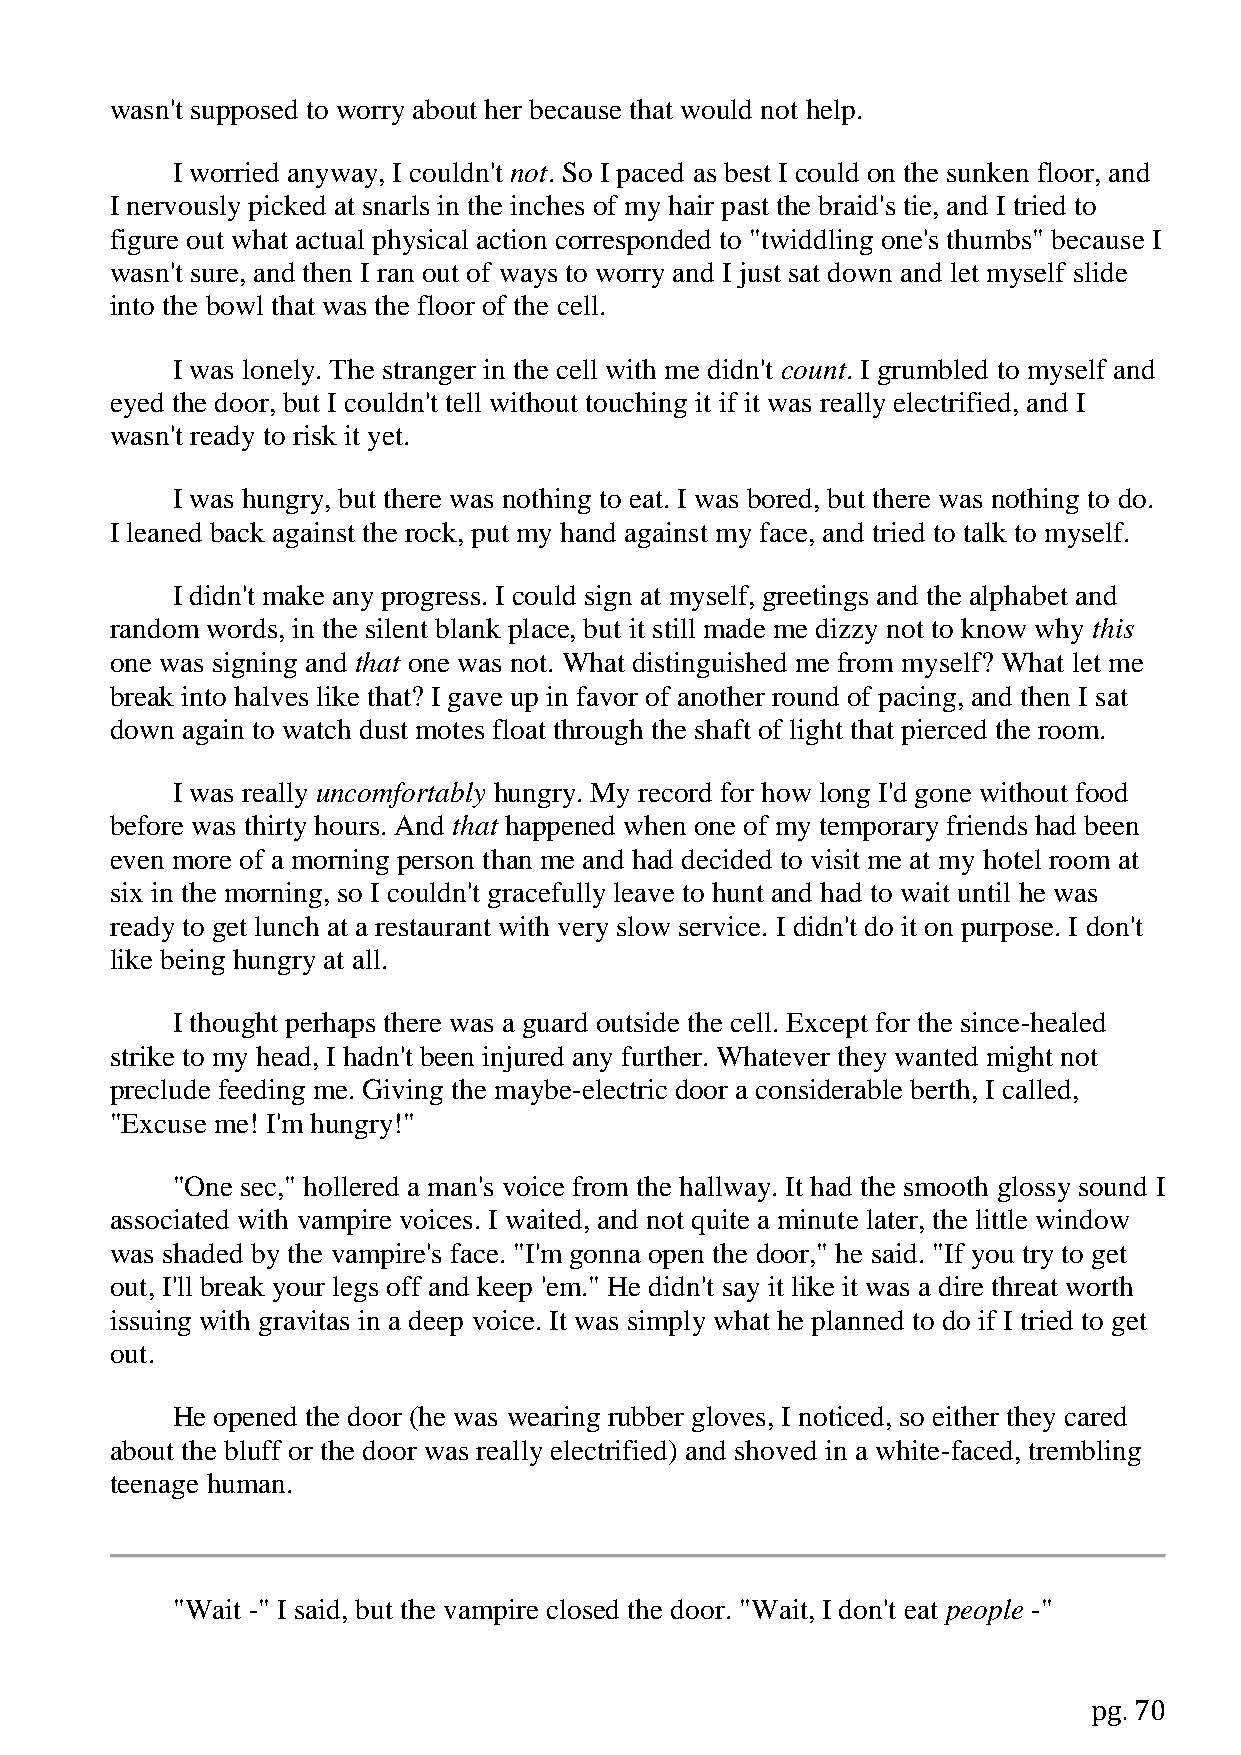
wasn't supposed to worry about her because that would not help.
 I worried anyway, I couldn't not. So I paced as best I could on the sunken floor, and
 I nervously picked at snarls in the inches of my hair past the braid's tie, and I tried to
 figure out what actual physical action corresponded to "twiddling one's thumbs" because I
 wasn't sure, and then I ran out of ways to worry and I just sat down and let myself slide
 into the bowl that was the floor of the cell.
 I was lonely. The stranger in the cell with me didn't count. I grumbled to myself and
 eyed the door, but I couldn't tell without touching it if it was really electrified, and I
 wasn't ready to risk it yet.
 I was hungry, but there was nothing to eat. I was bored, but there was nothing to do.
 I leaned back against the rock, put my hand against my face, and tried to talk to myself.
 I didn't make any progress. I could sign at myself, greetings and the alphabet and
 random words, in the silent blank place, but it still made me dizzy not to know why this
 one was signing and that one was not. What distinguished me from myself? What let me
 break into halves like that? I gave up in favor of another round of pacing, and then I sat
 down again to watch dust motes float through the shaft of light that pierced the room.
 I was really uncomfortably hungry. My record for how long I'd gone without food
 before was thirty hours. And that happened when one of my temporary friends had been
 even more of a morning person than me and had decided to visit me at my hotel room at
 six in the morning, so I couldn't gracefully leave to hunt and had to wait until he was
 ready to get lunch at a restaurant with very slow service. I didn't do it on purpose. I don't
 like being hungry at all.
 I thought perhaps there was a guard outside the cell. Except for the since-healed
 strike to my head, I hadn't been injured any further. Whatever they wanted might not
 preclude feeding me. Giving the maybe-electric door a considerable berth, I called,
 "Excuse me! I'm hungry!"
 "One sec," hollered a man's voice from the hallway. It had the smooth glossy sound I
 associated with vampire voices. I waited, and not quite a minute later, the little window
 was shaded by the vampire's face. "I'm gonna open the door," he said. "If you try to get
 out, I'll break your legs off and keep 'em." He didn't say it like it was a dire threat worth
 issuing with gravitas in a deep voice. It was simply what he planned to do if I tried to get
 out.
 He opened the door (he was wearing rubber gloves, I noticed, so either they cared
 about the bluff or the door was really electrified) and shoved in a white-faced, trembling
 teenage human.
 "Wait -" I said, but the vampire closed the door. "Wait, I don't eat people -"
 pg. 70